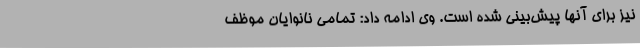
نیز برای آنها پیش‌بینی شده است. وی ادامه داد: تمامی نانوایان موظف